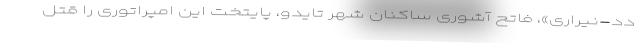
دد-نیراری»، فاتح آشوری ساکنان شهر تایدو، پایتخت این امپراتوری را قتل